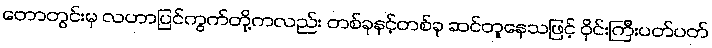
တောတွင်းမှ လဟာပြင်ကွက်တို့ကလည်း တစ်ခုနှင့်တစ်ခု ဆင်တူနေသဖြင့် ဝိုင်းကြီးပတ်ပတ်